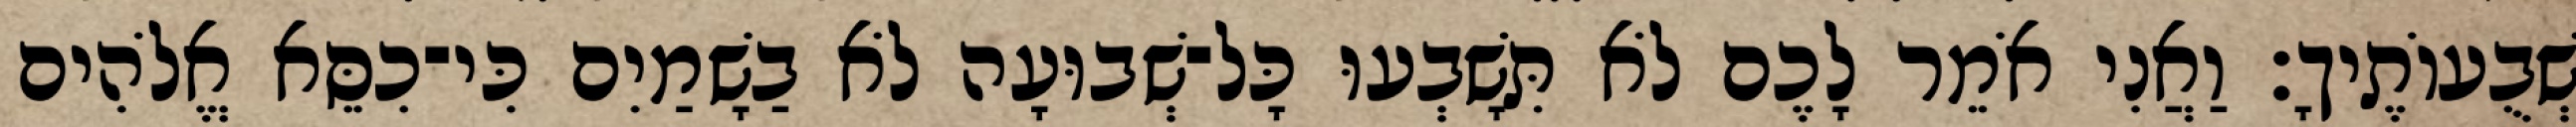
שְׁבֻעוֹתֶיךָ׃ וַאֲנִי אֹמֵר לָכֶם לֹא תִּשָׁבְעוּ כָּל־שְׁבוּעָה לֹא בַשָׁמַיִם כִּי־כִסֵּא אֱלֹהִים